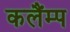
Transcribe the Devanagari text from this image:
कलैंम्प